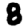
Digit: 8